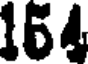
164